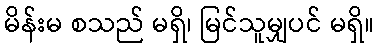
မိန်းမ စသည် မရှိ၊ မြင်သူမျှပင် မရှိ။